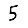
Digit: 5